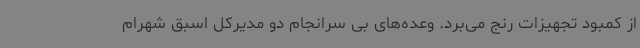
از کمبود تجهیزات رنج می‌برد. وعده‌های بی سرانجام دو مدیرکل اسبق شهرام